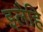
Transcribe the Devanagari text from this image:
इलैहि